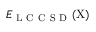
E _ { \mathrm { ~ L ~ C ~ C ~ S ~ D ~ } } ( \mathrm { X } )